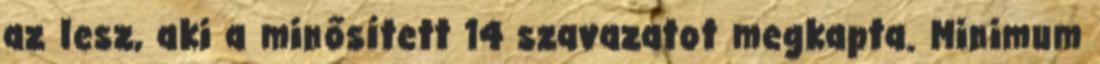
az lesz, aki a minősített 14 szavazatot megkapta. Minimum